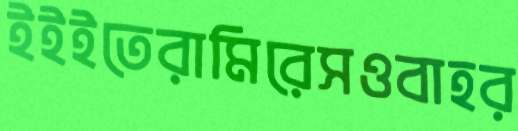
ইইইতেরামিরেসওবাহর